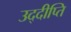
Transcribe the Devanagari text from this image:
उद्दीप्ति